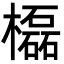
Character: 㰁